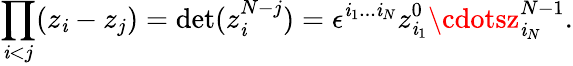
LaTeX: \prod_{\mathit{i}<j}(z_{\mathit{i}}-z_{j})=\mathrm{{det}}(z_{\mathit{i}}^{N-j})=\epsilon^{\mathit{i}_{1}...\mathit{i}_{N}}z_{\mathit{i}_{1}}^{0}\cdotsz_{\mathit{i}_{N}}^{N-1}.